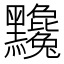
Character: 𪓄